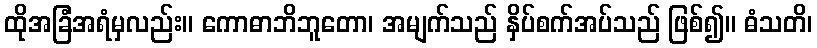
ထိုအခြံအရံမှလည်း။ ကောဓာဘိဘူတော၊ အမျက်သည် နှိပ်စက်အပ်သည် ဖြစ်၍။ ဓံသတိ၊